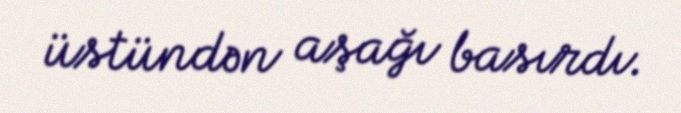
üstündən aşağı basırdı.